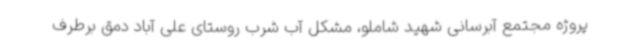
پروژه مجتمع آبرسانی شهید شاملو، مشکل آب شرب روستای علی آباد دمق برطرف